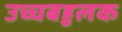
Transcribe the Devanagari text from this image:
उच्चबहुलक